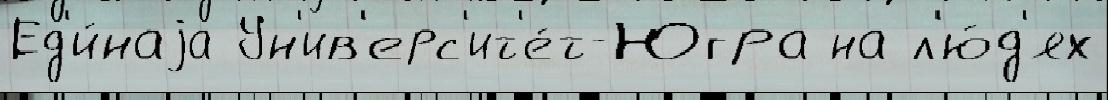
Ед'и́наjа Ун'ив'ерс'ит'е́т-Югра на л'ю́д'ях